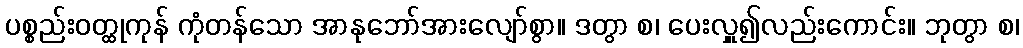
ပစ္စည်းဝတ္ထုကုန် ကုံတန်သော အာနုဘော်အားလျော်စွာ။ ဒတွာ စ၊ ပေးလှူ၍လည်းကောင်း။ ဘုတွာ စ၊